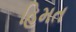
હિમત